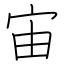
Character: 宙